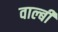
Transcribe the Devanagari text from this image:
वाल्बी